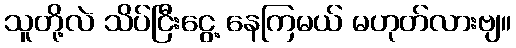
သူတို့လဲ သိပ်ငြီးငွေ့ နေကြမယ် မဟုတ်လားဗျ။